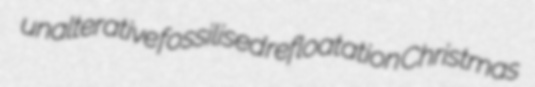
unalterative fossilised refloatation Christmas